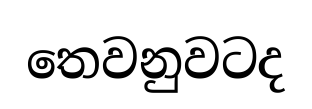
තෙවනුවටද